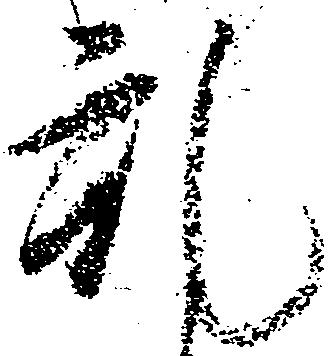
乱